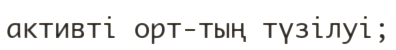
активті орт-тың түзілуі;